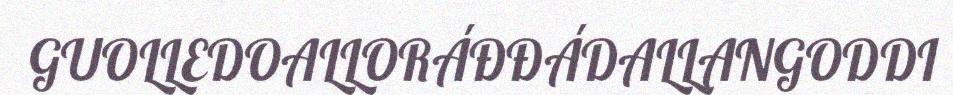
GUOLLEDOALLORÁĐĐÁDALLANGODDI